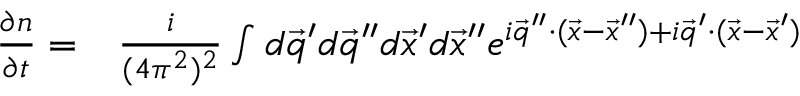
\begin{array} { r l } { \frac { \partial n } { \partial t } = } & { { } \frac { i } { ( 4 \pi ^ { 2 } ) ^ { 2 } } \int d \vec { q } ^ { \prime } d \vec { q } ^ { \prime \prime } d \vec { x } ^ { \prime } d \vec { x } ^ { \prime \prime } e ^ { i \vec { q } ^ { \prime \prime } \cdot ( \vec { x } - \vec { x } ^ { \prime \prime } ) + i \vec { q } ^ { \prime } \cdot ( \vec { x } - \vec { x } ^ { \prime } ) } } \end{array}